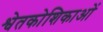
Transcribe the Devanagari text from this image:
श्वेतकोशिकाओं